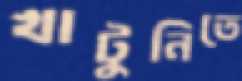
খাটুনিতে